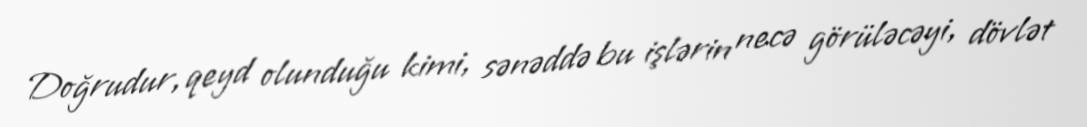
Doğrudur, qeyd olunduğu kimi, sənəddə bu işlərin necə görüləcəyi, dövlət